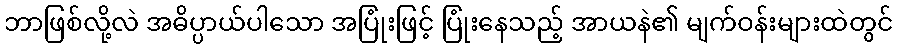
ဘာဖြစ်လို့လဲ အဓိပ္ပာယ်ပါသော အပြုံးဖြင့် ပြုံးနေသည့် အာယနဲ၏ မျက်ဝန်းများထဲတွင်